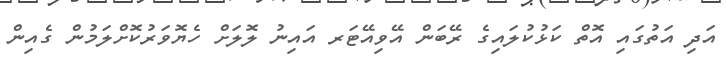
އަދި އަތުގައި އޮތް ކަޅުކުލައިގެ ރޭބަން އޭވިއޭޓަރ އައިނު ލޮލަށް ހެޔޮވަރުކޮށްލަމުން ގެއިން